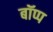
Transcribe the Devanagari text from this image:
बॉप्प